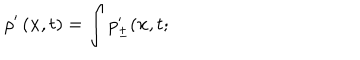
\rho ^ { \prime } \left( { \bf x } , t \right) = \int p _ { \pm } ^ { \prime } ( { \bf x } , t ;